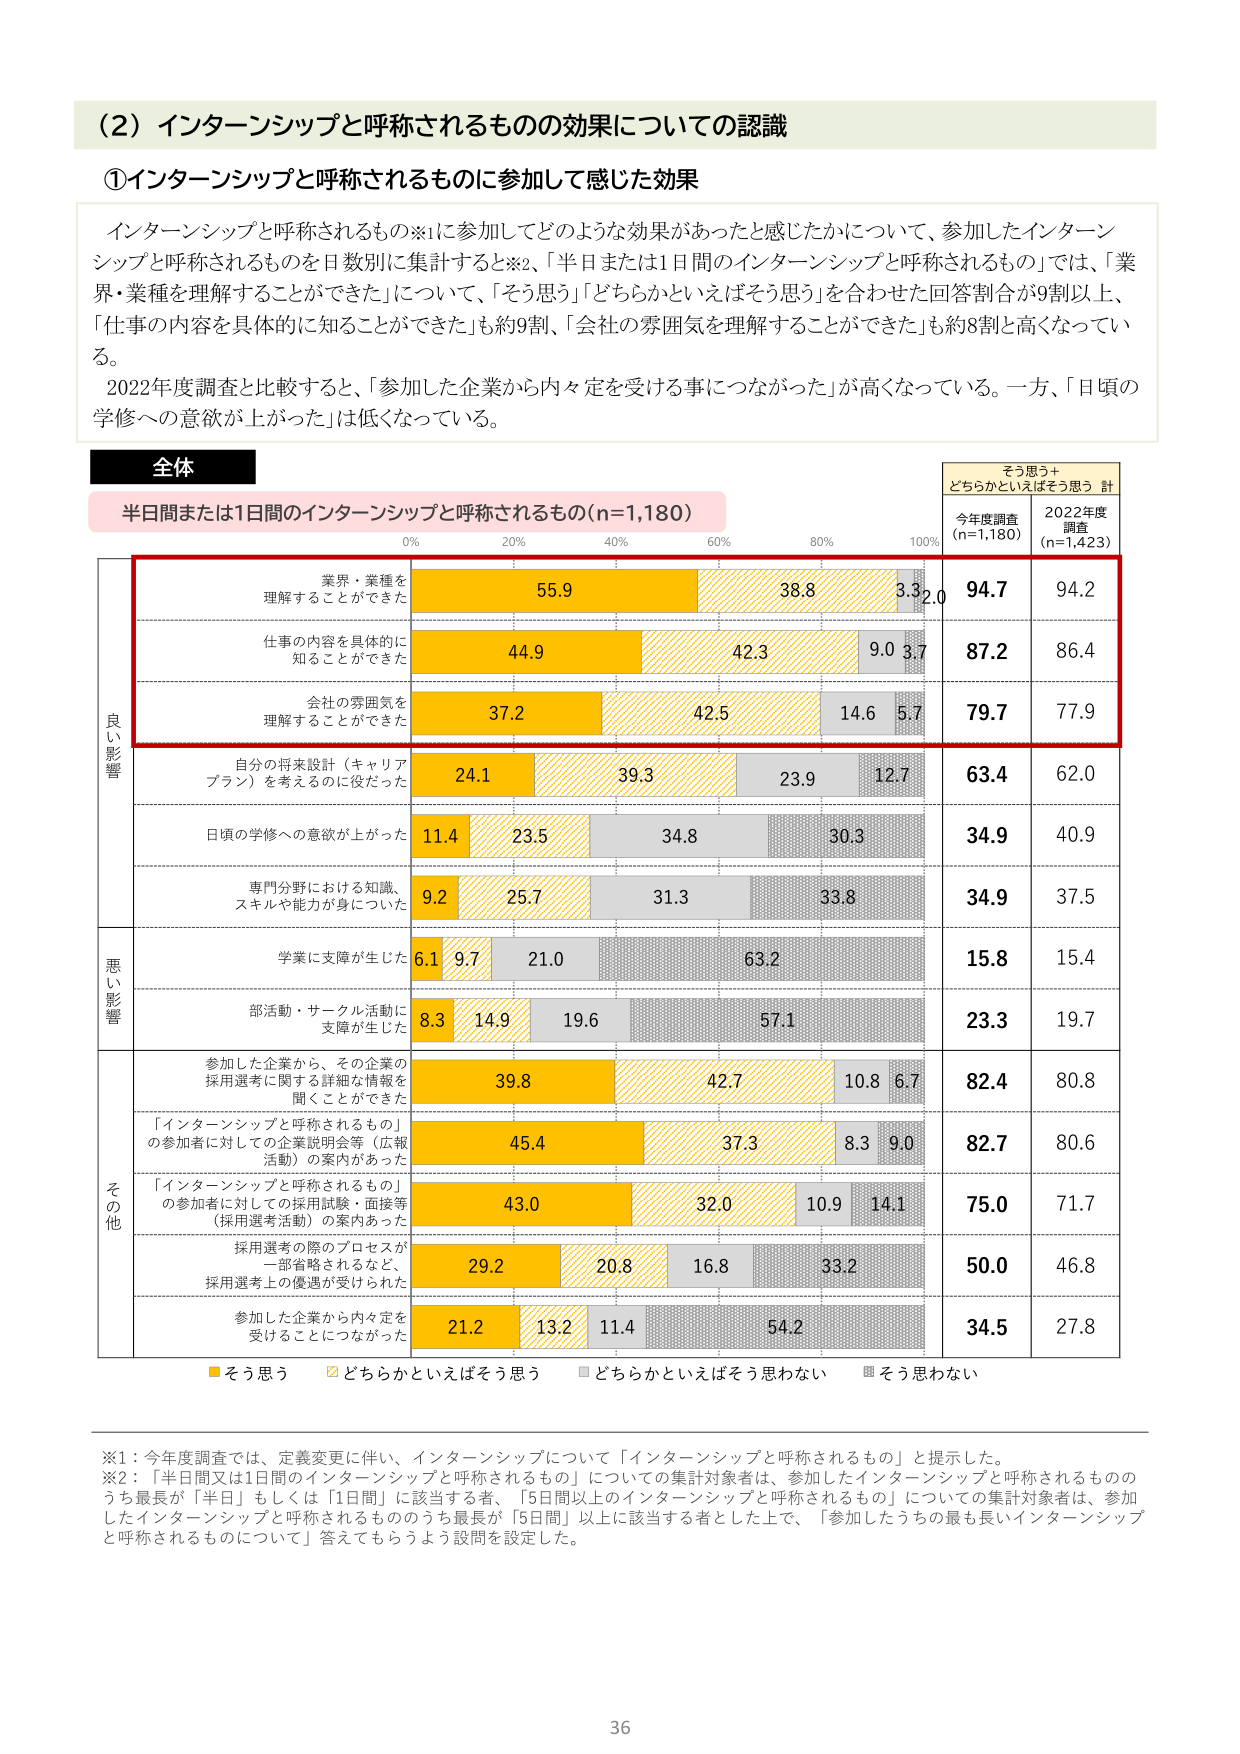
(2) インターンシップと呼称されるものの効果についての認識

①インターンシップと呼称されるものに参加して感じた効果

インターンシップと呼称されるもの※1に参加してどのような効果があったと感じたかについて、参加したインターンシップと呼称されるものを日数別に集計すると※2、「半日または1日間のインターンシップと呼称されるもの」では、「業界・業種を理解することができた」について、「そう思う」「どちらかといえばそう思う」を合わせた回答割合が9割以上、「仕事の内容を具体的に知ることができた」も約9割、「会社の雰囲気を理解することができた」も約8割と高くなっている。

2022年度調査と比較すると、「参加した企業から内々定を受ける事につながった」が高くなっている。一方、「日頃の学修への意欲が上がった」は低くなっている。

全体

半日間または1日間のインターンシップと呼称されるもの(n=1,180)

そう思う＋
どちらかといえばそう思う 計

今年度調査
(n=1,180)

2022年度
調査
(n=1,423)

良い影響

業界・業種を
理解することができた

55.9

38.8

3.3

2.0

94.7

94.2

仕事の内容を具体的に
知ることができた

44.9

42.3

9.0

3.7

87.2

86.4

会社の雰囲気を
理解することができた

37.2

42.5

14.6

5.7

79.7

77.9

自分の将来設計（キャリア
プラン）を考えるのに役だった

24.1

39.3

23.9

12.7

63.4

62.0

日頃の学修への意欲が上がった

11.4

23.5

34.8

30.3

34.9

40.9

専門分野における知識、
スキルや能力が身についた

9.2

25.7

31.3

33.8

34.9

37.5

悪い影響

学業に支障が生じた

6.1

9.7

21.0

63.2

15.8

15.4

部活動・サークル活動に
支障が生じた

8.3

14.9

19.6

57.1

23.3

19.7

その他

参加した企業から、その企業の
採用選考に関する詳細な情報を
聞くことができた

39.8

42.7

10.8

6.7

82.4

80.8

「インターンシップと呼称されるもの」
の参加者に対しての企業説明会等（広報
活動）の案内があった

45.4

37.3

8.3

9.0

82.7

80.6

「インターンシップと呼称されるもの」
の参加者に対しての採用試験・面接等
（採用選考活動）の案内あった

43.0

32.0

10.9

14.1

75.0

71.7

採用選考の際のプロセスが
一部省略されるなど、
採用選考上の優遇が受けられた

29.2

20.8

16.8

33.2

50.0

46.8

参加した企業から内々定を
受けることにつながった

21.2

13.2

11.4

54.2

34.5

27.8

■そう思う　□どちらかといえばそう思う　■どちらかといえばそう思わない　■そう思わない

※1：今年度調査では、定義変更に伴い、インターンシップについて「インターンシップと呼称されるもの」と提示した。
※2：「半日間又は1日間のインターンシップと呼称されるもの」についての集計対象者は、参加したインターンシップと呼称されるもののうち最長が「半日」もしくは「1日間」に該当する者、「5日間以上のインターンシップと呼称されるもの」についての集計対象者は、参加したインターンシップと呼称されるもののうち最長が「5日間」以上に該当する者とした上で、「参加したうちの最も長いインターンシップと呼称されるものについて」答えてもらうよう設問を設定した。

36